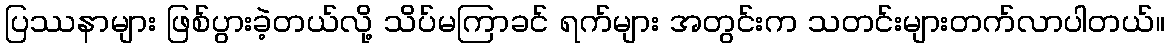
ပြဿနာများ ဖြစ်ပွားခဲ့တယ်လို့ သိပ်မကြာခင် ရက်များ အတွင်းက သတင်းများတက်လာပါတယ်။